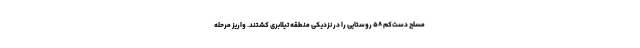
مسلح دست‌کم ۵۸ روستایی را در نزدیکی منطقه تیلابری کشتند. واریز مرحله